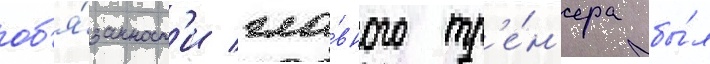
об'я́занност'и гла́вного тр'е́н'ера бы́л